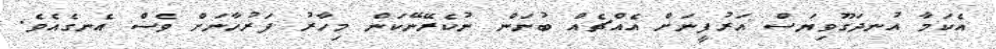
އެކަމާ އުނދަގޫވިޔަސް އަރުފީނަށް އެއްޗެއް ބުނަން ނުކެރޭނޭކަން މިހާރު ފަރުހާނަށް ވެސް އެނގެއެވެ.